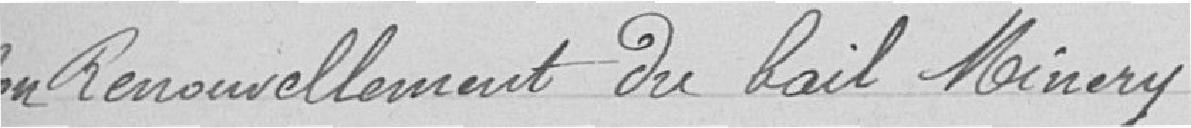
Non renouvellement du bail Minery